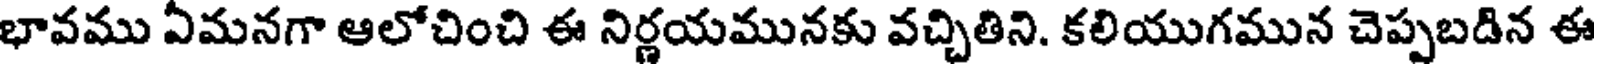
భావము ఏమనగా ఆలోచించి ఈ నిర్ణయమునకు వచ్చితిని. కలియుగమున చెప్పబడిన ఈ